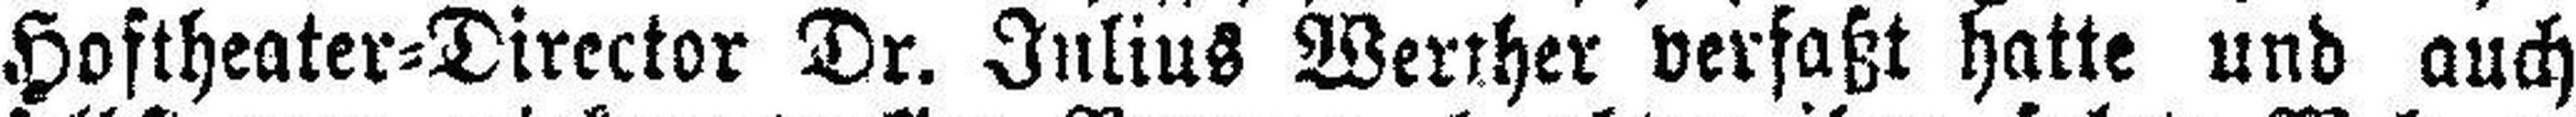
Hoftheater=Director Dr. Julius Werther verfaßt hatte und auch